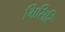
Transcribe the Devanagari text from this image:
मिसिरि